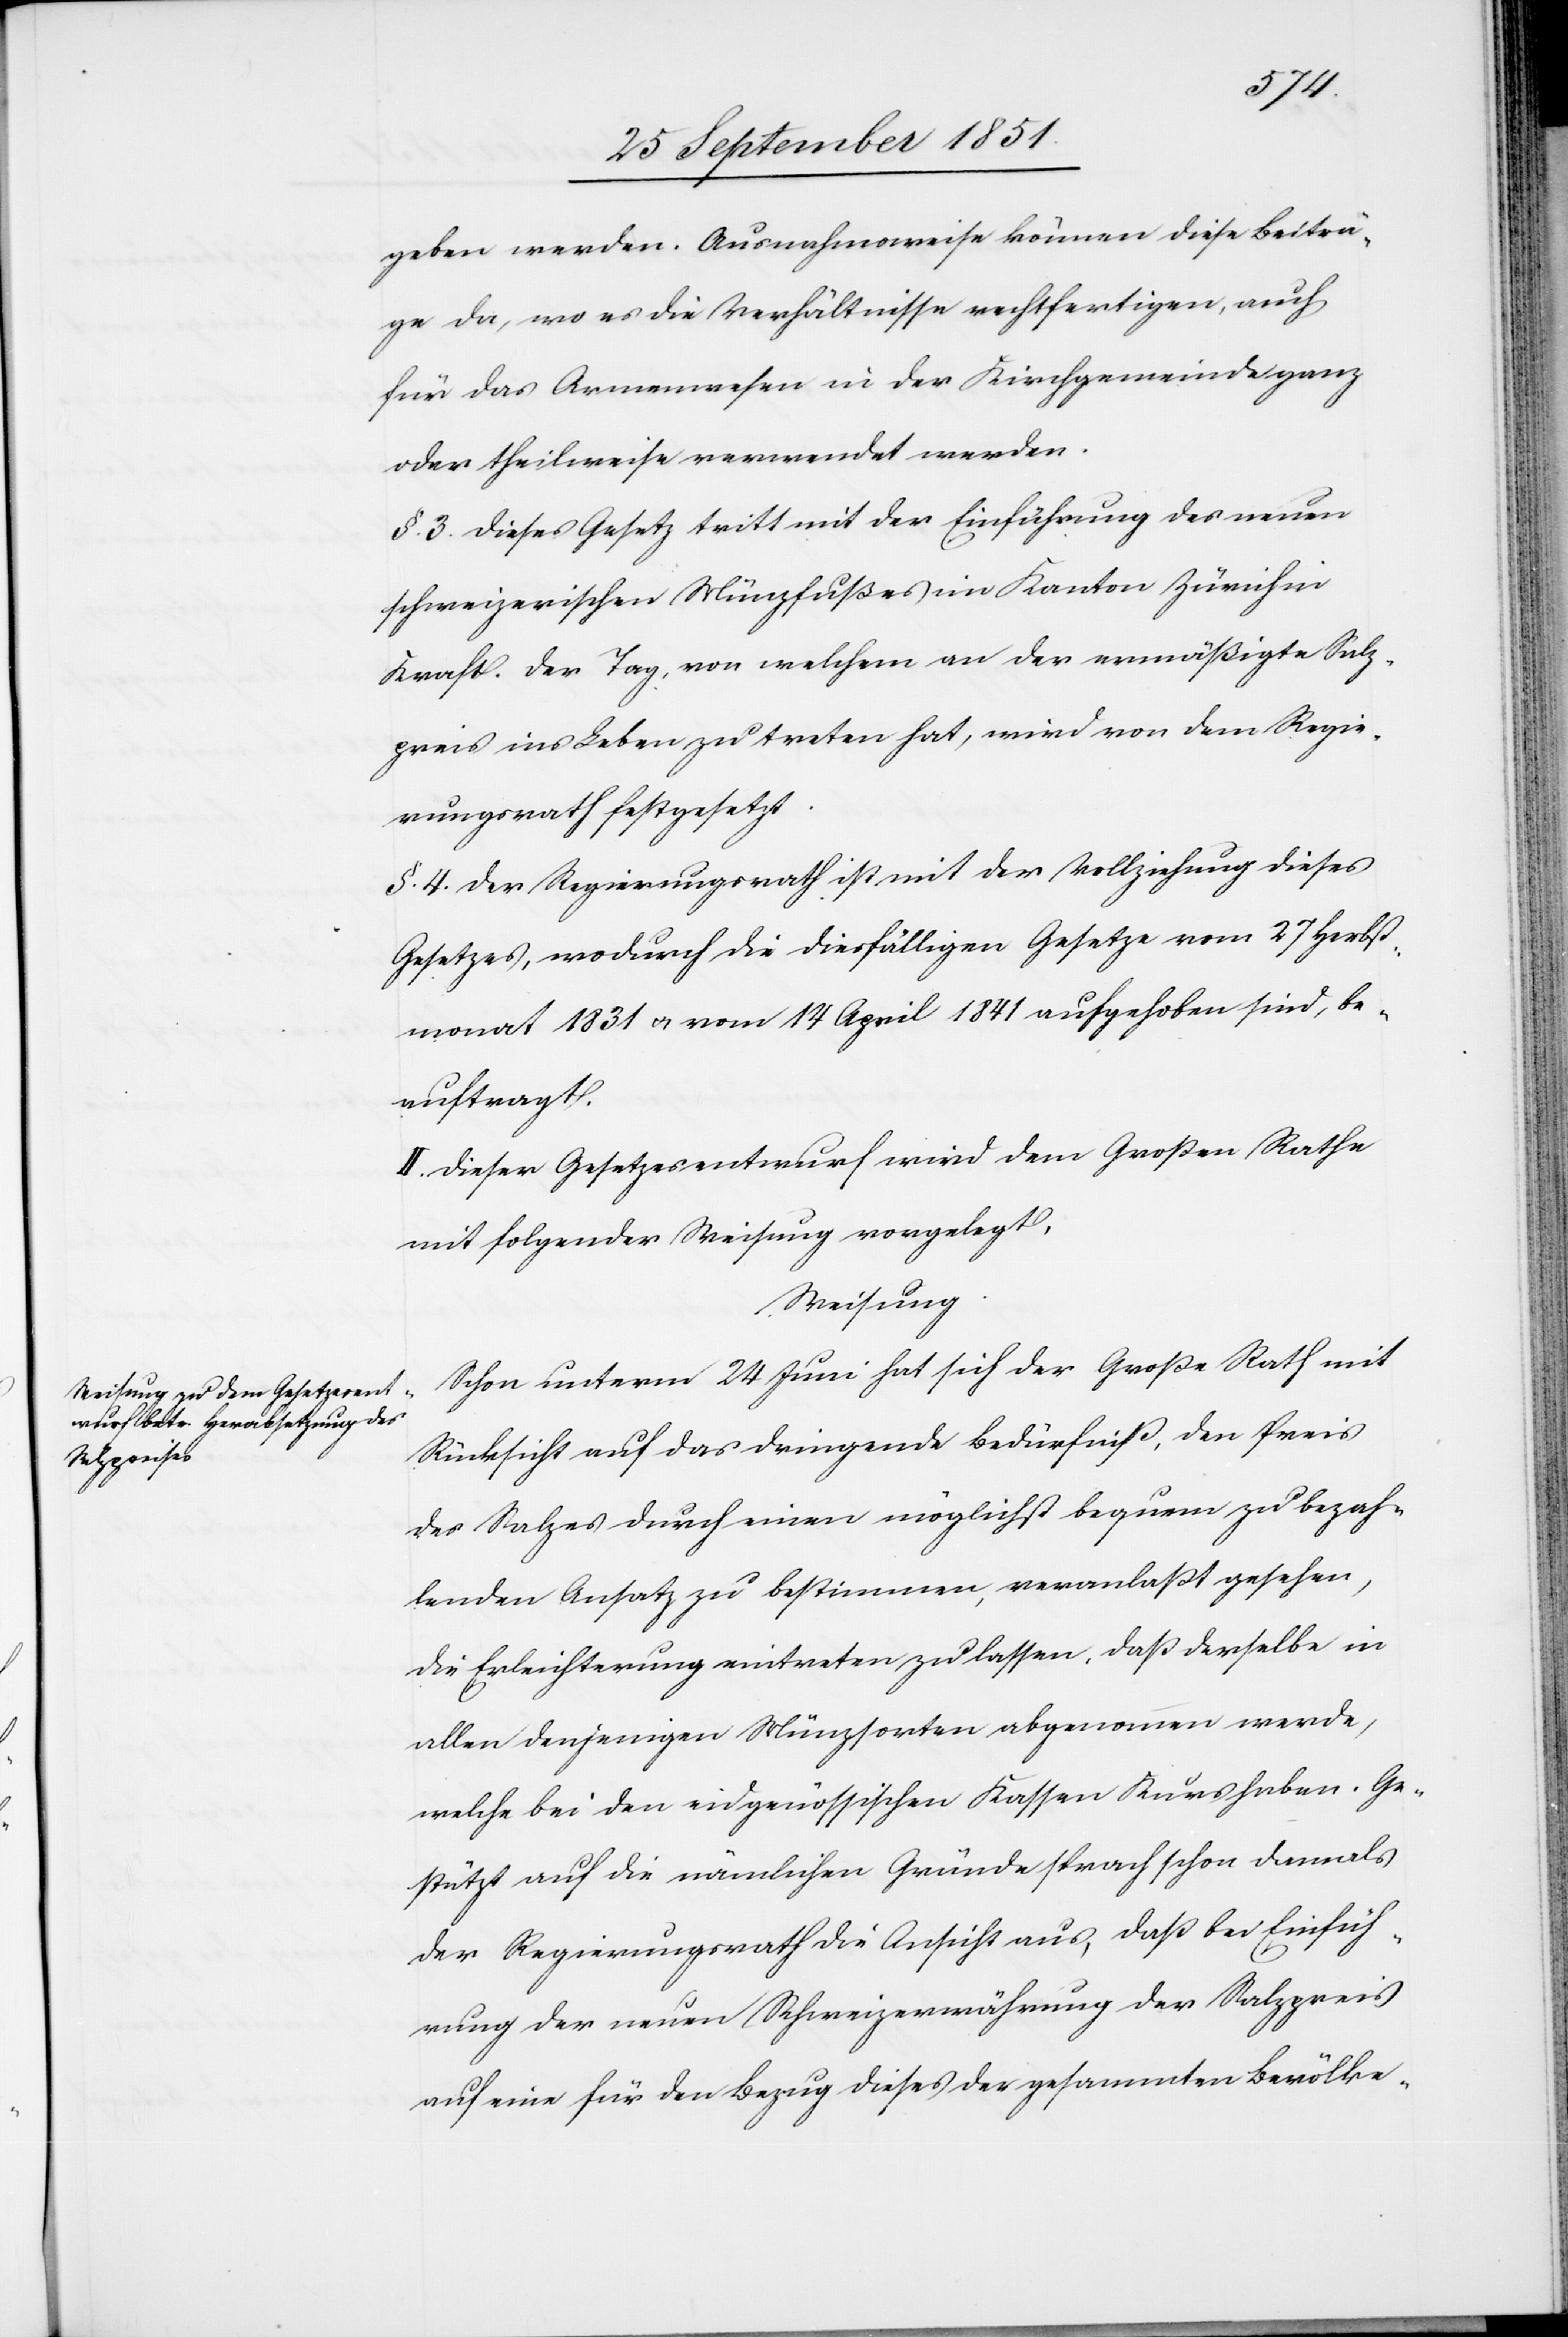
geben werden. Ausnahmsweise können diese Beiträ¬
ge da, wo es die Verhältnisse rechtfertigen, auch
für das Armenwesen in der Kirchgemeinde ganz
oder theilweise verwendet werden.
§. 3. Dieses Gesetz tritt mit der Einführung des neuen
schweizerischen Münzfußes im Kanton Zürich in
Kraft. Der Tag, von welchem an der ermäßigte Salz¬
preis ins Leben zu treten hat, wird von dem Regie¬
rungsrath festgesetzt.
§. 4. Der Regierungsrath ist mit der Vollziehung dieses
Gesetzes, wodurch die diesfälligen Gesetze vom 27 Herbst¬
monat 1831 & vom 14 April 1841 aufgehoben sind, be¬
auftragt.
II. Dieser Gesetzesentwurf wird dem Großen Rathe
mit folgender Weisung vorgelegt.
Weisung.
Schon unterm 24 Juni hat sich der Große Rath mit
Rücksicht auf das dringende Bedürfniß, den Preis
des Salzes durch einen möglichst bequem zu bezah¬
lenden Ansatz zu bestimmen, veranlaßt gesehen,
die Erleichterung eintreten zu lassen, daß derselbe in
allen denjenigen Münzsorten abgenommen werde,
welche bei den eidgenössischen Kassen Kurs haben. Ge¬
stützt auf die nämlichen Gründe sprach schon damals
der Regierungsrath die Ansicht aus, daß bei Einfüh¬
rung der neuen Schweizerwährung der Salzpreis
auf eine für den Bezug dieses der gesammten Bevölke-